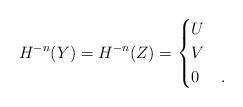
LaTeX: \begin{align*}H^{-n}(Y)=H^{-n}(Z)=\begin{cases}U&\\V&\\0&.\end{cases}\end{align*}